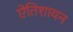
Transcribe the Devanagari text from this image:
ऐतिशायन